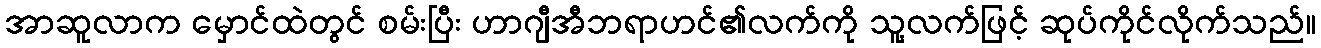
အာဆူလာက မှောင်ထဲတွင် စမ်းပြီး ဟာဂျီအီဘရာဟင်၏လက်ကို သူ့လက်ဖြင့် ဆုပ်ကိုင်လိုက်သည်။